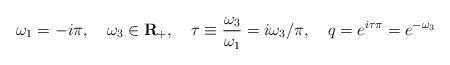
LaTeX: \begin{align*}\omega_1=-i\pi, \quad \omega_3 \in{\bf R}_{+},\quad \tau\equiv{\omega_{3}\over{\omega_{1}}}=i\omega_{3}/\pi,\quad q=e^{i\tau\pi}=e^{-\omega_3}\end{align*}